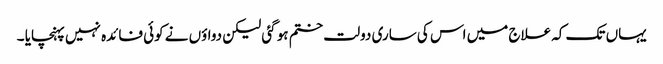
یہاں تک کہ علاج میں اس کی ساری دولت ختم ہو گئی لیکن دواؤں نے کوئی فائدہ نہیں پہنچایا ۔